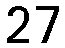
27